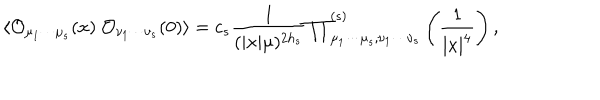
LaTeX: \langle { \cal O } _ { \mu _ { 1 } \cdots \mu _ { s } } ( x ) ~ { \cal O } _ { \nu _ { 1 } \cdots \nu _ { s } } ( 0 ) \rangle = c _ { s } \frac { 1 } { ( | x | \mu ) ^ { 2 h _ { s } } } { \prod } _ { \mu _ { 1 } \cdots \mu _ { s } , \nu _ { 1 } \cdots \nu _ { s } } ^ { ( s ) } \left( \frac { 1 } { | x | ^ { 4 } } \right) ,